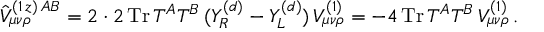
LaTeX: \hat { V } _ { \mu \nu \rho } ^ { ( 1 \, z ) \, A B } = 2 \cdot 2 \, \mathrm { T r } \, T ^ { A } T ^ { B } \, ( Y _ { R } ^ { ( d ) } - Y _ { L } ^ { ( d ) } ) \, V _ { \mu \nu \rho } ^ { ( 1 ) } = - 4 \, \mathrm { T r } \, T ^ { A } T ^ { B } \, V _ { \mu \nu \rho } ^ { ( 1 ) } \, .